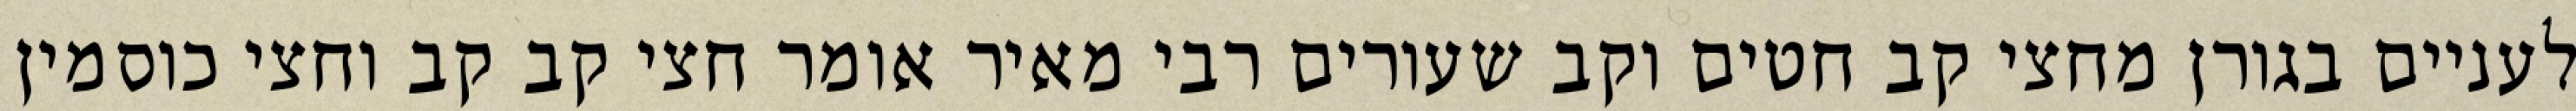
לעניים בגורן מחצי קב חטים וקב שעורים רבי מאיר אומר חצי קב קב וחצי כוסמין